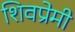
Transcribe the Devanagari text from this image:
शिवप्रेमी